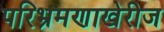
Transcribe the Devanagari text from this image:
परिभ्रमणाखेरीज